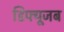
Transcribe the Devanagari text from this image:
डिफ्यूजब